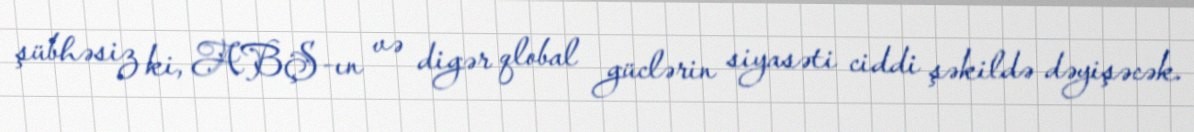
şübhəsiz ki, ABŞ-ın və digər qlobal güclərin siyasəti ciddi şəkildə dəyişəcək.